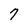
Character: 7